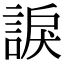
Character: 𧩈